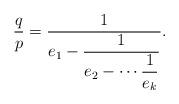
LaTeX: \begin{align*}\frac{q}{p}=\frac{1}{\displaystyle e_1-\frac{1}{\displaystyle e_2-\cdots\frac{1}{e_k}}}.\end{align*}